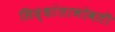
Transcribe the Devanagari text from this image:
सिद्धांताभोवती